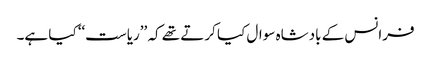
فرانس کے بادشاہ سوال کیا کرتے تھے کہ ’’ریاست‘‘ کیا ہے۔